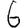
Digit: 6